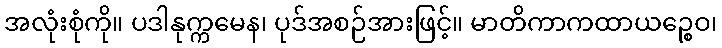
အလုံးစုံကို။ ပဒါနုက္ကမေန၊ ပုဒ်အစဉ်အားဖြင့်။ မာတိကာကထာယဉ္စေဝ၊